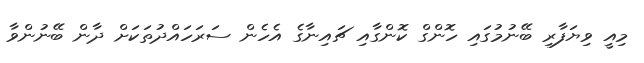
މިއީ ވިޔަފާރި ބޭނުމުގައި ހޮންގް ކޮންގާއި ޗައިނާގެ އެހެން ސަރަހައްދުތަކަށް ދާން ބޭނުންވާ